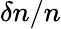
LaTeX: \delta n/n